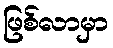
ဖြစ်လာမှာ